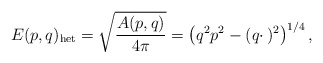
\begin{align*}E(p,q)_{\rm het} = \sqrt {A(p,q)\over 4\pi } = \left (q^2 p^2 - (q \cdotp)^2\right )^{1/4},\end{align*}